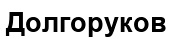
Долгоруков